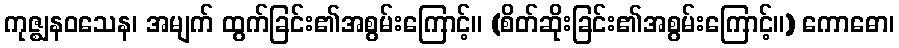
ကုဇ္ဈနဝသေန၊ အမျက် ထွက်ခြင်း၏အစွမ်းကြောင့်။ (စိတ်ဆိုးခြင်း၏အစွမ်းကြောင့်။) ကောဓော၊